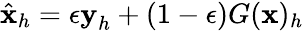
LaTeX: \hat{\textbf{x}}_{h}=\epsilon\textbf{y}_{h}+(1-\epsilon)G(\textbf{x})_{h}